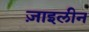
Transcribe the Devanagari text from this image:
ज़ाइलीन